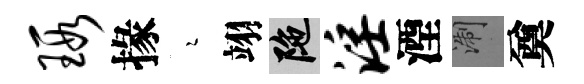
瑕掾瑟翊陀淫湮浙奠